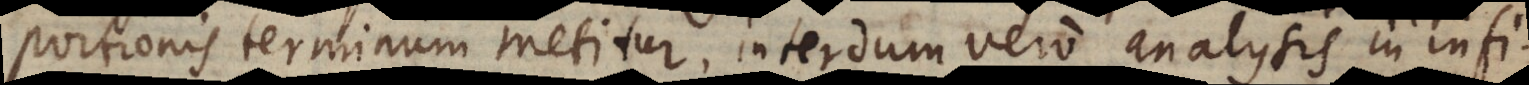
portionis terminum metitur, interdum vero analysis in infi